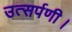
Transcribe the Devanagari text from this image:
उत्सर्पणी।